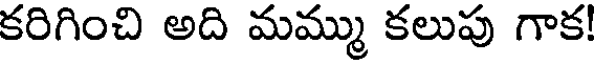
కరిగించి అది మమ్ము కలుపు గాక!